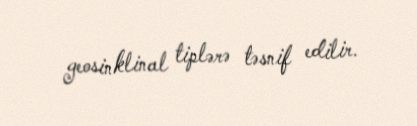
geosinklinal tiplərə təsnif edilir.